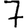
Digit: 7